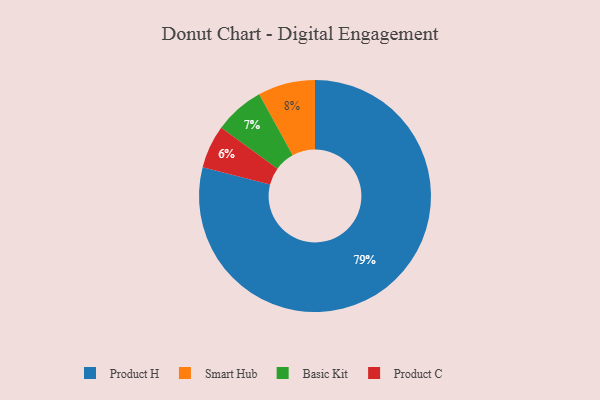
{"axis": {"x": "Category", "y": "Percentage"}, "legend": ["Basic Kit", "Product C", "Product H", "Smart Hub"], "data": [{"x": "Product H", "y": 79, "type": "Product H"}, {"x": "Basic Kit", "y": 7, "type": "Basic Kit"}, {"x": "Product C", "y": 6, "type": "Product C"}, {"x": "Smart Hub", "y": 8, "type": "Smart Hub"}]}